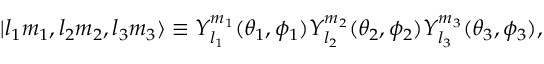
| l _ { 1 } m _ { 1 } , l _ { 2 } m _ { 2 } , l _ { 3 } m _ { 3 } \rangle \equiv Y _ { l _ { 1 } } ^ { m _ { 1 } } ( \theta _ { 1 } , \phi _ { 1 } ) Y _ { l _ { 2 } } ^ { m _ { 2 } } ( \theta _ { 2 } , \phi _ { 2 } ) Y _ { l _ { 3 } } ^ { m _ { 3 } } ( \theta _ { 3 } , \phi _ { 3 } ) ,